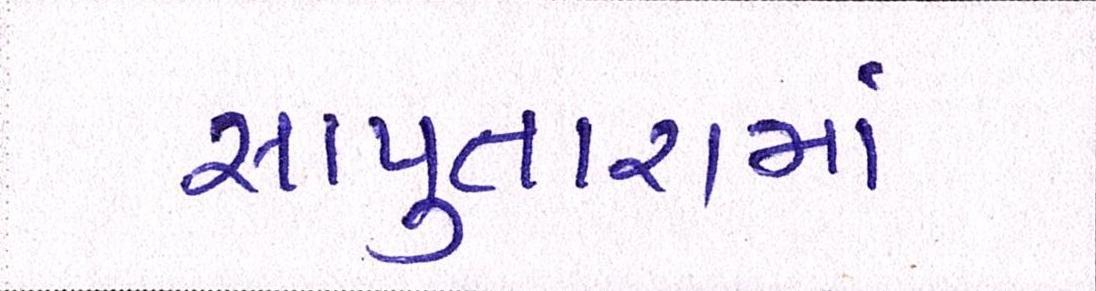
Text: સાપુતારામાં